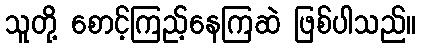
သူတို့ စောင့်ကြည့်နေကြဆဲ ဖြစ်ပါသည်။